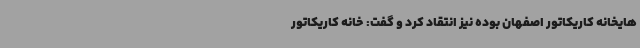
هایخانه کاریکاتور اصفهان بوده نیز انتقاد کرد و گفت: خانه کاریکاتور